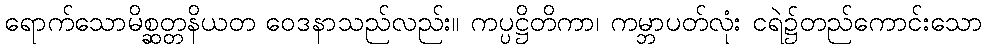
ရောက်သောမိစ္ဆတ္တနိယတ ဝေဒနာသည်လည်း။ ကပ္ပဋ္ဌိတိကာ၊ ကမ္ဘာပတ်လုံး ငရဲ၌တည်ကောင်းသော